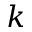
k